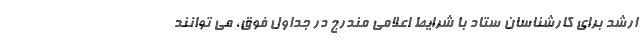
ارشد برای کارشناسان ستاد با شرایط اعلامی مندرج در جداول فوق، می توانند